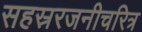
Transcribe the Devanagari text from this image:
सहस्ररजनीचरित्र